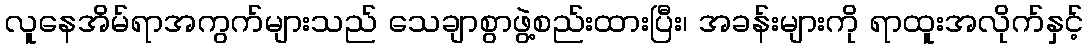
လူနေအိမ်ရာအကွက်များသည် သေချာစွာဖွဲ့စည်းထားပြီး၊ အခန်းများကို ရာထူးအလိုက်နှင့်